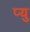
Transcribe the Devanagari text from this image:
प्यु